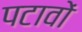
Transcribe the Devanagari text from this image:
पटावों